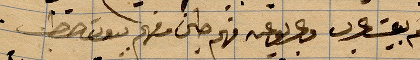
انهم ... فهم طحين معهم بيوت قط